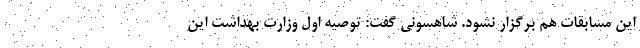
این مسابقات هم برگزار نشود. شاهسونی گفت: توصیه اول وزارت بهداشت این